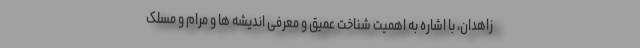
زاهدان، با اشاره به اهمیت شناخت عمیق و معرفی اندیشه ها و مرام و مسلک